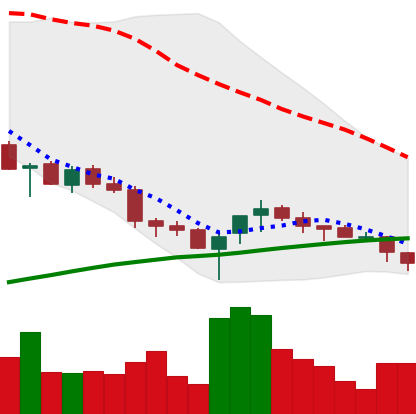
Ticker: NEO-USD
Chart end date: 2018-03-27
Forward return: -14.814%
Label: down_7plus